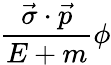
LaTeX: {\frac{{\vec{\sigma}}\cdot{\vec{p}}}{E+m}}\phi